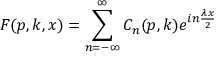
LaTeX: F ( p , k , x ) = \sum _ { n = - \infty } ^ { \infty } C _ { n } ( p , k ) e ^ { i n \frac { \lambda x } { 2 } }